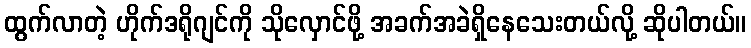
ထွက်လာတဲ့ ဟိုက်ဒရိုဂျင်ကို သိုလှောင်ဖို့ အခက်အခဲရှိနေသေးတယ်လို့ ဆိုပါတယ်။